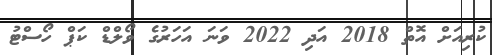
ކުރިއަށް އޮތް 2018 އަދި 2022 ވަނަ އަހަރުގެ ވޯލްޑް ކަޕް ހޯސްޓު